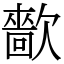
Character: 㱇